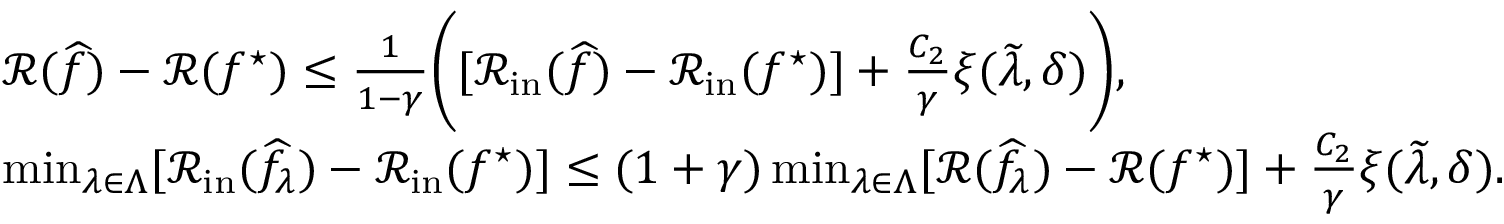
\begin{array} { r l } & { \mathcal { R } ( \widehat { f } ) - \mathcal { R } ( f ^ { \star } ) \leq \frac { 1 } { 1 - \gamma } \bigg ( [ \mathcal { R } _ { \mathrm { i n } } ( \widehat { f } ) - \mathcal { R } _ { \mathrm { i n } } ( f ^ { \star } ) ] + \frac { C _ { 2 } } { \gamma } \xi ( \widetilde { \lambda } , \delta ) \bigg ) , } \\ & { \operatorname* { m i n } _ { \lambda \in \Lambda } [ \mathcal { R } _ { \mathrm { i n } } ( \widehat { f } _ { \lambda } ) - \mathcal { R } _ { \mathrm { i n } } ( f ^ { \star } ) ] \leq ( 1 + \gamma ) \operatorname* { m i n } _ { \lambda \in \Lambda } [ \mathcal { R } ( \widehat { f } _ { \lambda } ) - \mathcal { R } ( f ^ { \star } ) ] + \frac { C _ { 2 } } { \gamma } \xi ( \widetilde { \lambda } , \delta ) . } \end{array}